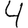
Digit: 4